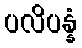
ပလိပန္နံ